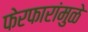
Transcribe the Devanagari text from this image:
फेरफारांमुळे